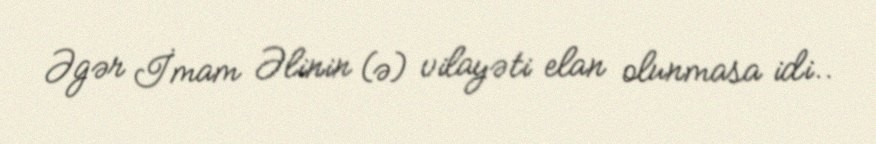
Əgər İmam Əlinin (ə) vilayəti elan olunmasa idi..